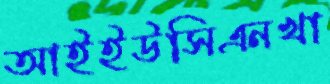
আইইউসিএনখা